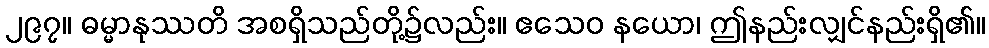
၂၉၇။ ဓမ္မာနုဿတိ အစရှိသည်တို့၌လည်း။ ဧသေဝ နယော၊ ဤနည်းလျှင်နည်းရှိ၏။